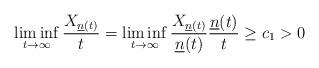
LaTeX: \begin{align*}\liminf\limits_{t \to \infty}\frac{X_{\underline{n}(t)}}{t} = \liminf\limits_{t \to \infty}\frac{X_{\underline{n}(t)}}{\underline{n}(t)}\frac{\underline{n}(t)}{t} \stackrel{}\ge c_1 > 0\end{align*}